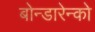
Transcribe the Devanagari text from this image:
बोन्डारेन्को